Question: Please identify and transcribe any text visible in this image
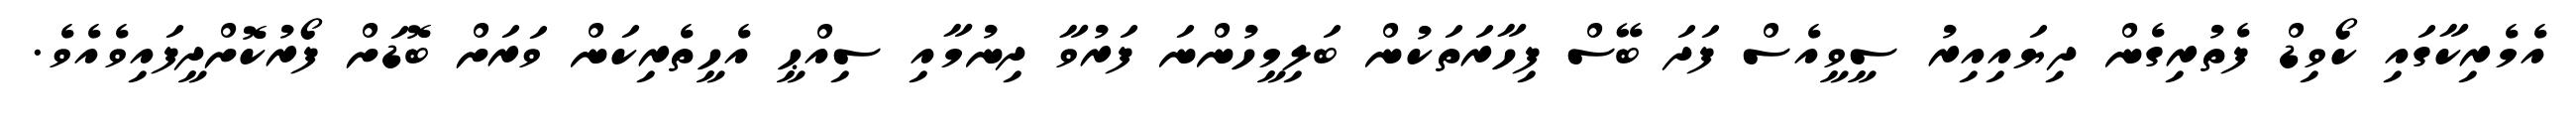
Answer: އެމެރިކާގައި ކޯވިޑް ފެތުރިގެން ދިޔައިއިރު ސީވީއެސް ފަދަ ބޭސް ފިހާރަތަކުން ބަލިމީހުންނަ ފަރުވާ ދިނުމާއި ސިއްޙީ އެހީތެރިކަން ވަރަށް ބޮޑަށް ފޯރުކޮށްދީފައިވެއެވެ.